画像に写った文字を読んでください
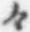
「々」と書いてあります